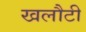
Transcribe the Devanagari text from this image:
खलौटी